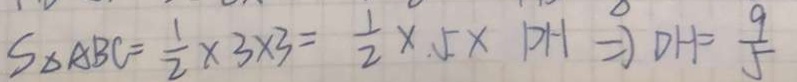
S _ { \Delta A B C } = \frac { 1 } { 2 } \times 3 \times 3 = \frac { 1 } { 2 } \times 5 \times D H \Rightarrow D H = \frac { 9 } { 5 }